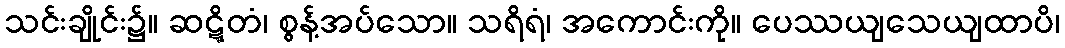
သင်းချိုင်း၌။ ဆဋ္ဋိတံ၊ စွန့်အပ်သော။ သရိရံ၊ အကောင်းကို။ ပေဿယျသေယျထာပိ၊